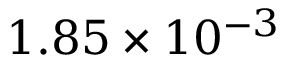
1 . 8 5 \times 1 0 ^ { - 3 }